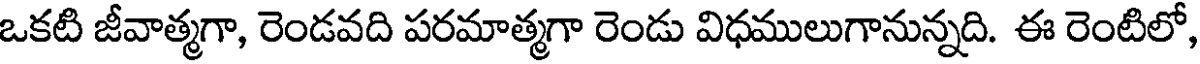
ఒకటి జీవాత్మగా, రెండవది పరమాత్మగా రెండు విధములుగానున్నది. ఈ రెంటిలో,